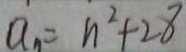
a _ { n } = n ^ { 2 } + 2 8